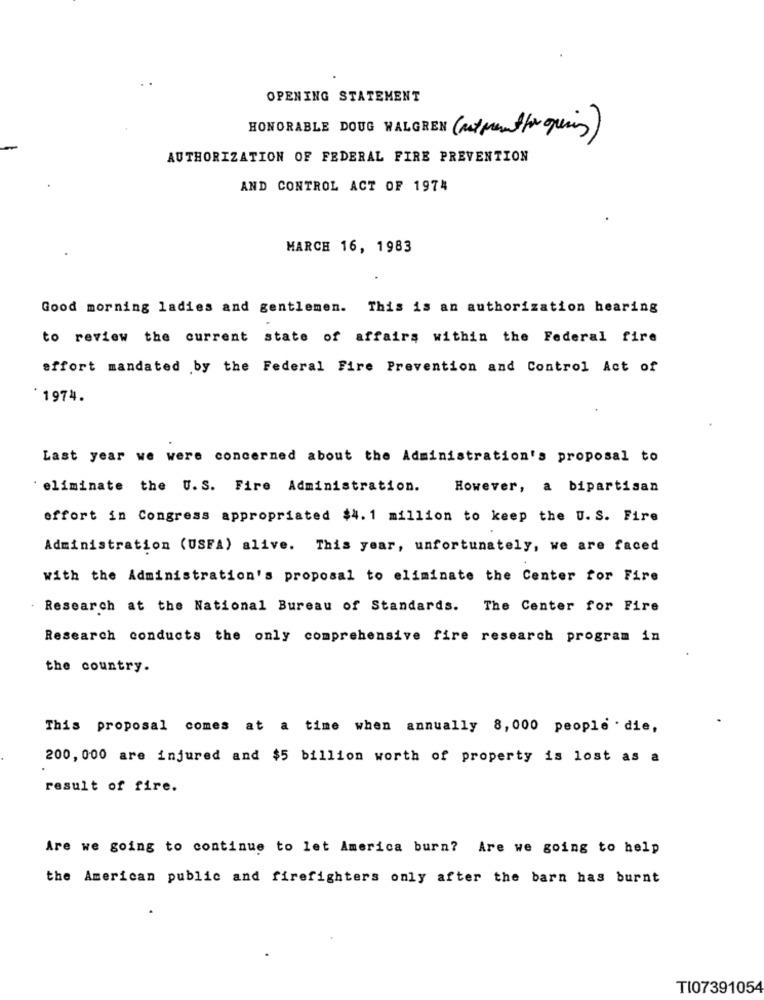
OPENING STATEMENT
HONORABLE DOUG WALGREN (mitpremetto gracias)
AUTHORIZATION OF FEDERAL FIRE PREVENTION
AND CONTROL ACT OF 1974
MARCH 16, 1983
Good morning ladies and gentlemen. This is an authorization hearing
to review the current state of affairs within the Federal fire
effort mandated by the Federal Fire Prevention and Control Act of
*1974.
Last year we were concerned about the Administration's proposal to
'eliminate the U.S. Fire Administration.
However, a bipartisan
effort in Congress appropriated $4. 1 million to keep the U. S. Fire
Administration (USFA) alive. This year, unfortunately, we are faced
with the Administration's proposal to eliminate the Center for Fire
Research at the National Bureau of Standards.
The Center for Fire
Research conducts the only comprehensive fire research program in
the country.
This proposal comes at a time when annually 8,000 people . die,
200, 000 are injured and $5 billion worth of property is lost as a
result of fire.
Are we going to continue to let America burn? Are we going to help
the American public and firefighters only after the barn has burnt
TI07391054